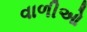
વાળીઓ